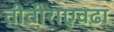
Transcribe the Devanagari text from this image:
तीतीराएवढा